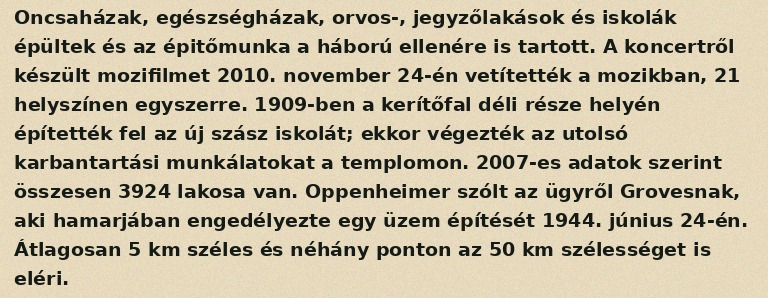
Oncsaházak, egészségházak, orvos-, jegyzőlakások és iskolák épültek és az épitőmunka a háború ellenére is tartott. A koncertről készült mozifilmet 2010. november 24-én vetítették a mozikban, 21 helyszínen egyszerre. 1909-ben a kerítőfal déli része helyén építették fel az új szász iskolát; ekkor végezték az utolsó karbantartási munkálatokat a templomon. 2007-es adatok szerint összesen 3924 lakosa van. Oppenheimer szólt az ügyről Grovesnak, aki hamarjában engedélyezte egy üzem építését 1944. június 24-én. Átlagosan 5 km széles és néhány ponton az 50 km szélességet is eléri.